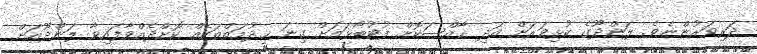
ދަރިވަރުންނެވެ. ލަންދޫގެ ކުޅިވަރަށް އަދި ޚާއްޞަކޮށް ފުޓުބޯޅައަށް ގިނަ ޚިދުމަތްތަކެއް ކޮށްދެއްވާފައިވާ ލަންދޫއަށް